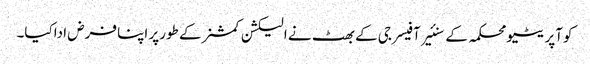
کوآپریٹیو محکمہ کے سنئیر آفیسر جی کے بھٹ نے الیکشن کمشنر کے طورپر اپنا فرض اداکیا۔